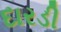
દારડી